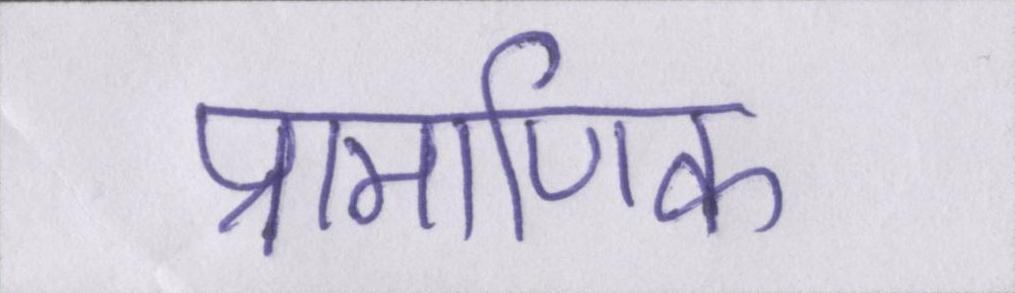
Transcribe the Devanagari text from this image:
प्रामाणिक